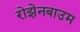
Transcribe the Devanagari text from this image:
रोझेनबाउम